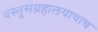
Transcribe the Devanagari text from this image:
वस्तुसंग्रहालयाचाच